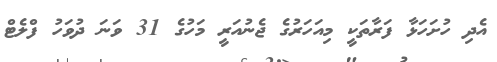
އެދި ހުށަހަޅާ ފަރާތަކީ މިއަހަރުގެ ޖެނުއަރީ މަހުގެ 31 ވަނަ ދުވަހު ފްލެޓް